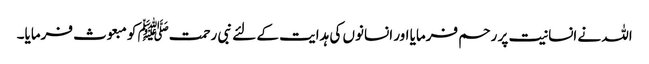
اللہ نے انسانیت پر رحم فرمایا اور انسانوں کی ہدایت کے لئے نبی رحمتﷺ کو مبعوث فرمایا۔